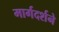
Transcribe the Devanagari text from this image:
मार्गदर्शने